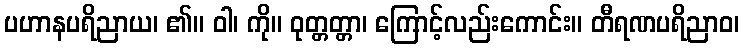
ပဟာနပရိညာယ၊ ၏။ ဝါ၊ ကို။ ဝုတ္တတ္တာ၊ ကြောင့်လည်းကောင်း။ တီရဏပရိညာဝ၊